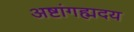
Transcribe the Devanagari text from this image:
अष्टांगह्मदय